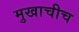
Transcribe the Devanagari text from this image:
मुखाचीच